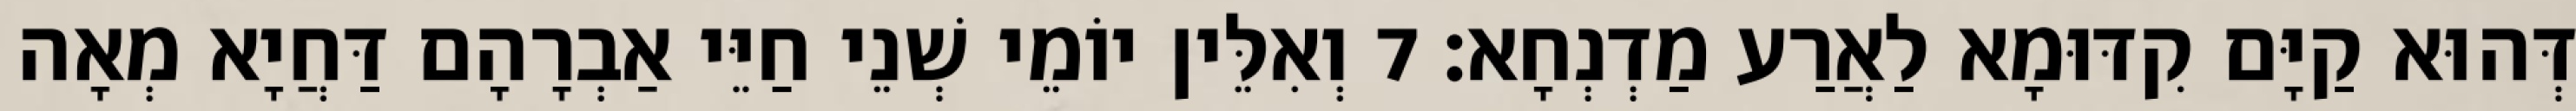
דְּהוּא קַיָּם קִדּוּמָא לַאֲרַע מַדְנְחָא׃ 7 וְאִלֵּין יוֹמֵי שְׁנֵי חַיֵּי אַבְרָהָם דַּחֲיָא מְאָה